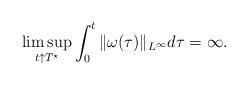
LaTeX: \begin{align*}\limsup_{t\uparrow T^\star}\int_{0}^{t}\|\omega(\tau)\|_{L^\infty}d\tau=\infty.\end{align*}